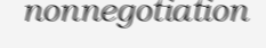
nonnegotiation